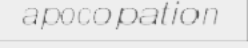
apocopation